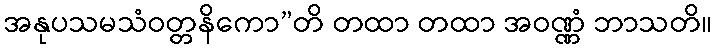
အနုပသမသံဝတ္တနိကော”တိ တထာ တထာ အဝဏ္ဏံ ဘာသတိ။